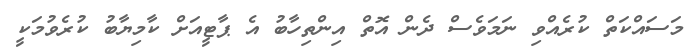
މަސައްކަތް ކުރެެއްވި ނަމަވެސް ދެން އޮތް އިންތިހާބު އެ ޕާޓީއަށް ކާމިޔާބު ކުރެވުމަކީ